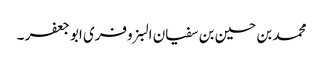
محمد بن حسین بن سفیان البزوفری ابو جعفر ۔